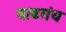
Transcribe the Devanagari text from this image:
वाढतंय